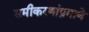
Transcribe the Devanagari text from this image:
समीकरणांप्रमाणे